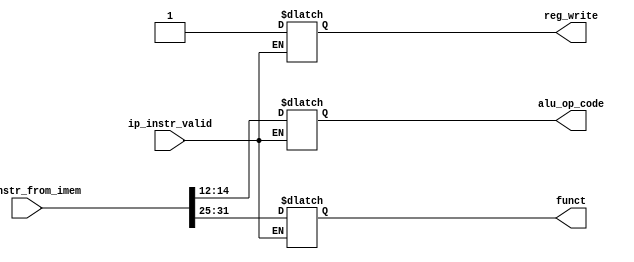
//Verilog code for the Decoder- to generate control signals.

module decoder(

input wire [31:0] ip_instr_from_imem,
input wire ip_instr_valid,
output reg reg_write,
output reg [2:0] alu_op_code,
output reg [6:0] funct
);

always @(*) begin:decoder_block

	if (ip_instr_valid) begin
		//Since initially it is all reg_write instruction, I have set it to 1
		reg_write=1'b1; 
		//Opcode
		alu_op_code=ip_instr_from_imem[14:12];
		//Functionality
		funct=ip_instr_from_imem[31:25];
	end
end
endmodule